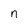
Character: n